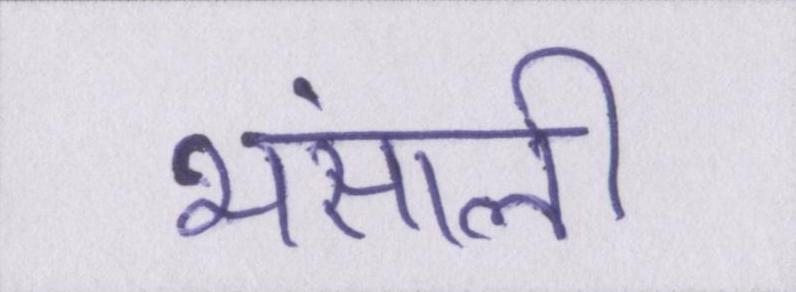
भंसाली